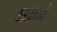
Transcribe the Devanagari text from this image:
५३३मध्ये